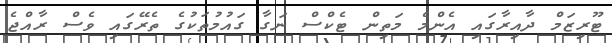
ޓޫރިޒަމް ދާއިރާގައި އެންމެ މަތިން ޓެކްސް ނަގާ ގައުމުތަކުގެ ތެރޭގައި ވެސް ރާއްޖެ